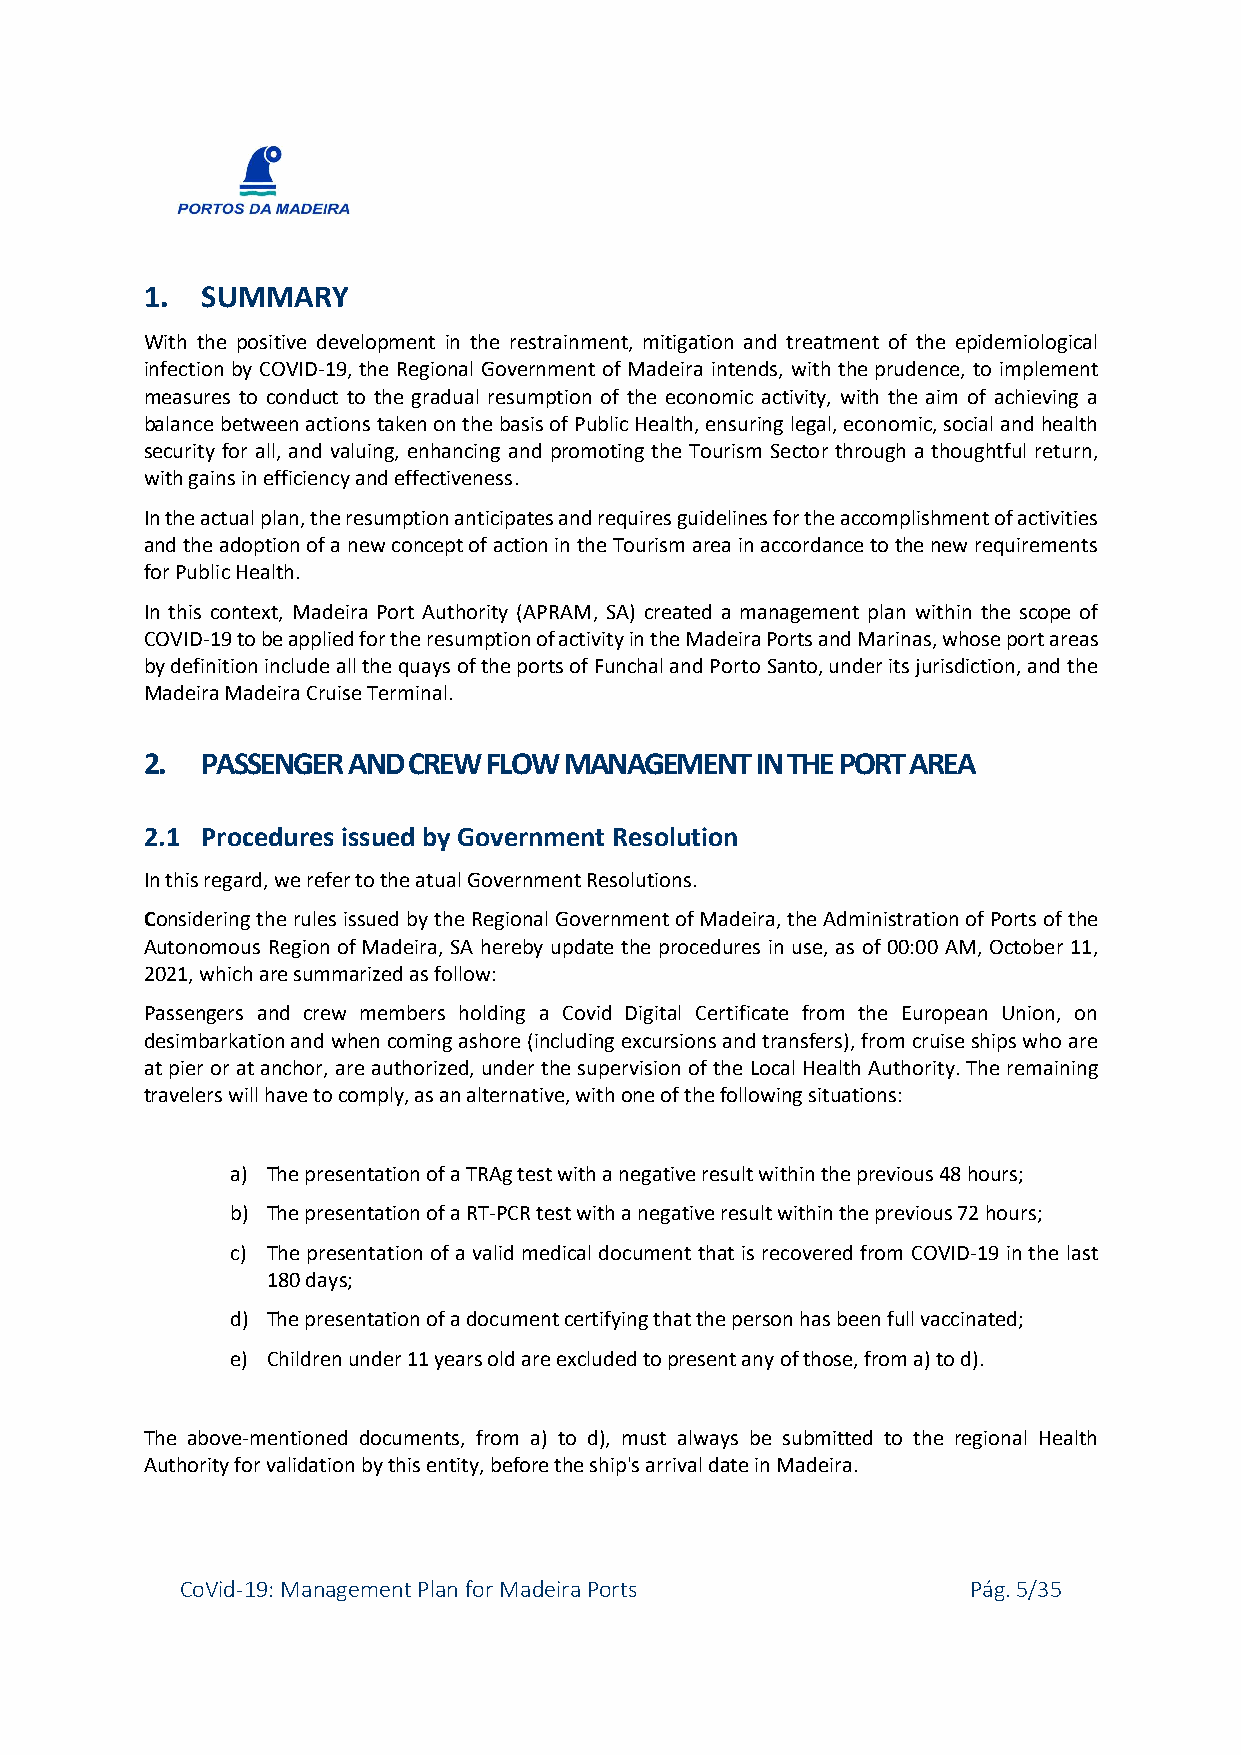
1. SUMMARY
 With the positive development in the restrainment, mitigation and treatment of the epidemiological
 infection by COVID-19, the Regional Government of Madeira intends, with the prudence, to implement
 measures to conduct to the gradual resumption of the economic activity, with the aim of achieving a
 balance between actions taken on the basis of Public Health, ensuring legal, economic, social and health
 security for all, and valuing, enhancing and promoting the Tourism Sector through a thoughtful return,
 with gains in efficiency and effectiveness.
 In the actual plan, the resumption anticipates and requires guidelines for the accomplishment of activities
 and the adoption of a new concept of action in the Tourism area in accordance to the new requirements
 for Public Health.
 In this context, Madeira Port Authority (APRAM, SA) created a management plan within the scope of
 COVID-19 to be applied for the resumption of activity in the Madeira Ports and Marinas, whose port areas
 by definition include all the quays of the ports of Funchal and Porto Santo, under its jurisdiction, and the
 Madeira Madeira Cruise Terminal.
 2. PASSENGER AND CREW FLOW MANAGEMENT   IN THE PORT AREA
 2.1 Procedures issued by Government Resolution
 In this regard, we refer to the atual Government Resolutions.
 Considering the rules issued by the Regional Government of Madeira, the Administration of Ports of the
 Autonomous Region of Madeira, SA hereby update the procedures in use, as of 00:00 AM, October 11,
 2021, which are summarized as follow:
 Passengers and crew members holding a Covid Digital Certificate from the European Union, on
 desimbarkation and when coming ashore (including excursions and transfers), from cruise ships who are
 at pier or at anchor, are authorized, under the supervision of the Local Health Authority. The remaining
 travelers will have to comply, as an alternative, with one of the following situations:
 a) The presentation of a TRAg test with a negative result within the previous 48 hours;
 b) The presentation of a RT-PCR test with a negative result within the previous 72 hours;
 c) The presentation of a valid medical document that is recovered from COVID-19 in the last
 180 days;
 d) The presentation of a document certifying that the person has been full vaccinated;
 e) Children under 11 years old are excluded to present any of those, from a) to d).
 The above-mentioned documents, from a) to d), must always be submitted to the regional Health
 Authority for validation by this entity, before the ship's arrival date in Madeira.
 CoVid-19: Management Plan for Madeira Ports         Pág. 5/35